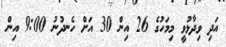
އަދި ވިދާޅުވީ މިމަހުގެ 26 އިން 30 އަށް ހެނދުނު 9:00 އިން